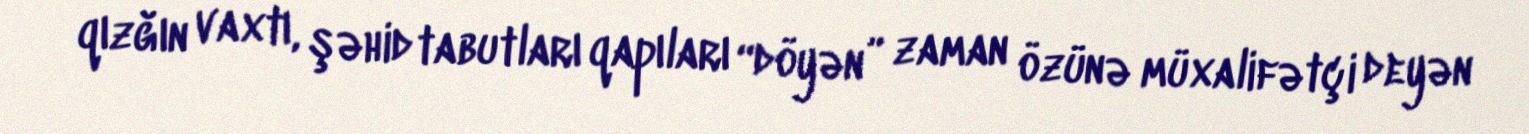
qızğın vaxtı, şəhid tabutları qapıları “döyən” zaman özünə müxalifətçi deyən